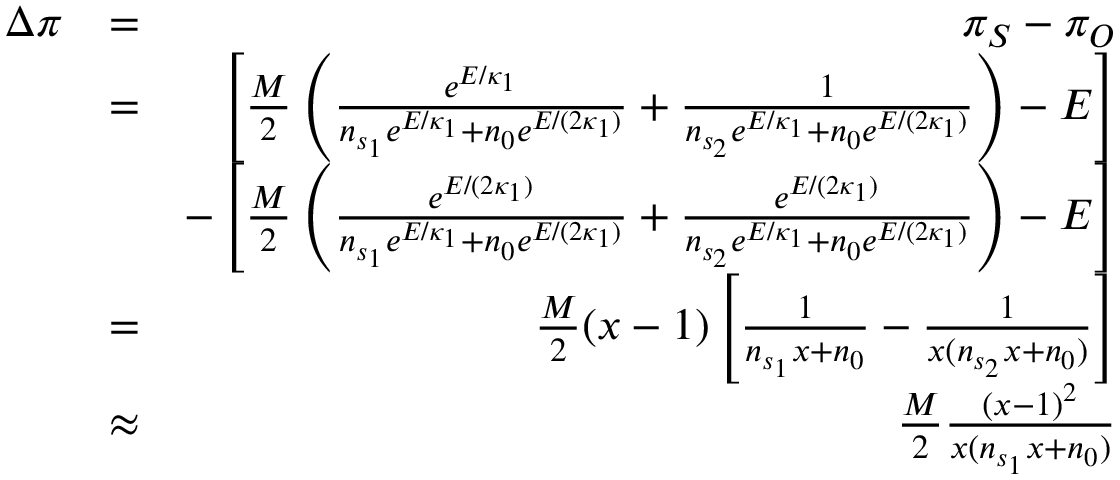
\begin{array} { r l r } { \Delta \pi } & { = } & { \pi _ { S } - \pi _ { O } } \\ & { = } & { \left[ \frac { M } { 2 } \left( \frac { e ^ { E / \kappa _ { 1 } } } { n _ { s _ { 1 } } e ^ { E / \kappa _ { 1 } } + n _ { 0 } e ^ { E / ( 2 \kappa _ { 1 } ) } } + \frac { 1 } { n _ { s _ { 2 } } e ^ { E / \kappa _ { 1 } } + n _ { 0 } e ^ { E / ( 2 \kappa _ { 1 } ) } } \right) - E \right] } \\ & { } & { - \left[ \frac { M } { 2 } \left( \frac { e ^ { E / ( 2 \kappa _ { 1 } ) } } { n _ { s _ { 1 } } e ^ { E / \kappa _ { 1 } } + n _ { 0 } e ^ { E / ( 2 \kappa _ { 1 } ) } } + \frac { e ^ { E / ( 2 \kappa _ { 1 } ) } } { n _ { s _ { 2 } } e ^ { E / \kappa _ { 1 } } + n _ { 0 } e ^ { E / ( 2 \kappa _ { 1 } ) } } \right) - E \right] } \\ & { = } & { \frac { M } { 2 } ( x - 1 ) \left[ \frac { 1 } { n _ { s _ { 1 } } x + n _ { 0 } } - \frac { 1 } { x ( n _ { s _ { 2 } } x + n _ { 0 } ) } \right] } \\ & { \approx } & { \frac { M } { 2 } \frac { ( x - 1 ) ^ { 2 } } { x ( n _ { s _ { 1 } } x + n _ { 0 } ) } } \end{array}